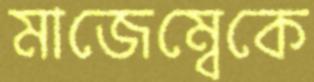
মাজেম্বেকে